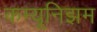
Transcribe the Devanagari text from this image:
कम्यूनिझम